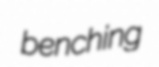
benching